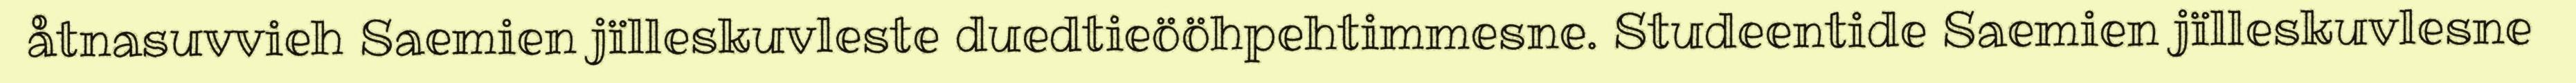
åtnasuvvieh Saemien jïlleskuvleste duedtieööhpehtimmesne. Studeentide Saemien jïlleskuvlesne